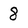
Character: 8